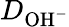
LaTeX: D_{\mathrm{OH}^{-}}